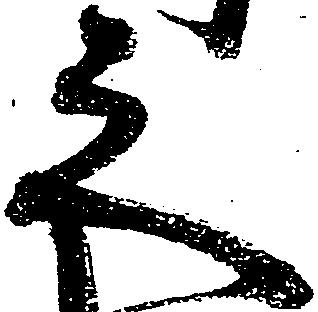
之